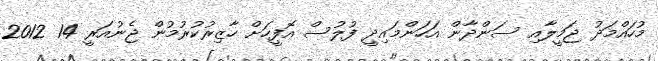
މުހައްމަދު ޖަމީލާއި ސަންދާން އަހަންމައިދީ ފުލުސް އޮފީހަށް ހާޒިރުކުރުމުން ޖެނުއަރީ 14 2012